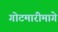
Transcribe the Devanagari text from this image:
गोटमारीमागे